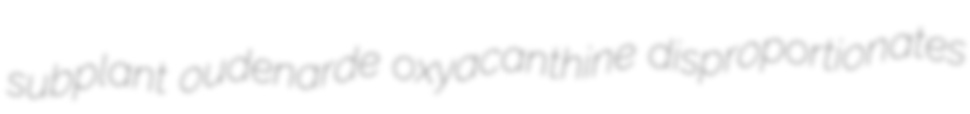
subplant oudenarde oxyacanthine disproportionates